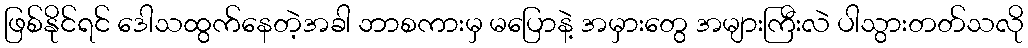
ဖြစ်နိုင်ရင် ဒေါသထွက်နေတဲ့အခါ ဘာစကားမှ မပြောနဲ့ အမှားတွေ အများကြီးလဲ ပါသွားတတ်သလို